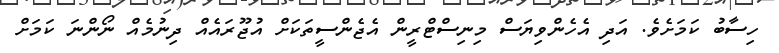
ހިސާބު ކަމަށެވެ. އަދި އެހެންވިޔަސް މިނިސްޓްރީން އެޖެންސީތަކަށް އުޖޫރައެއް ދިނުމެއް ނޯންނަ ކަމަށް